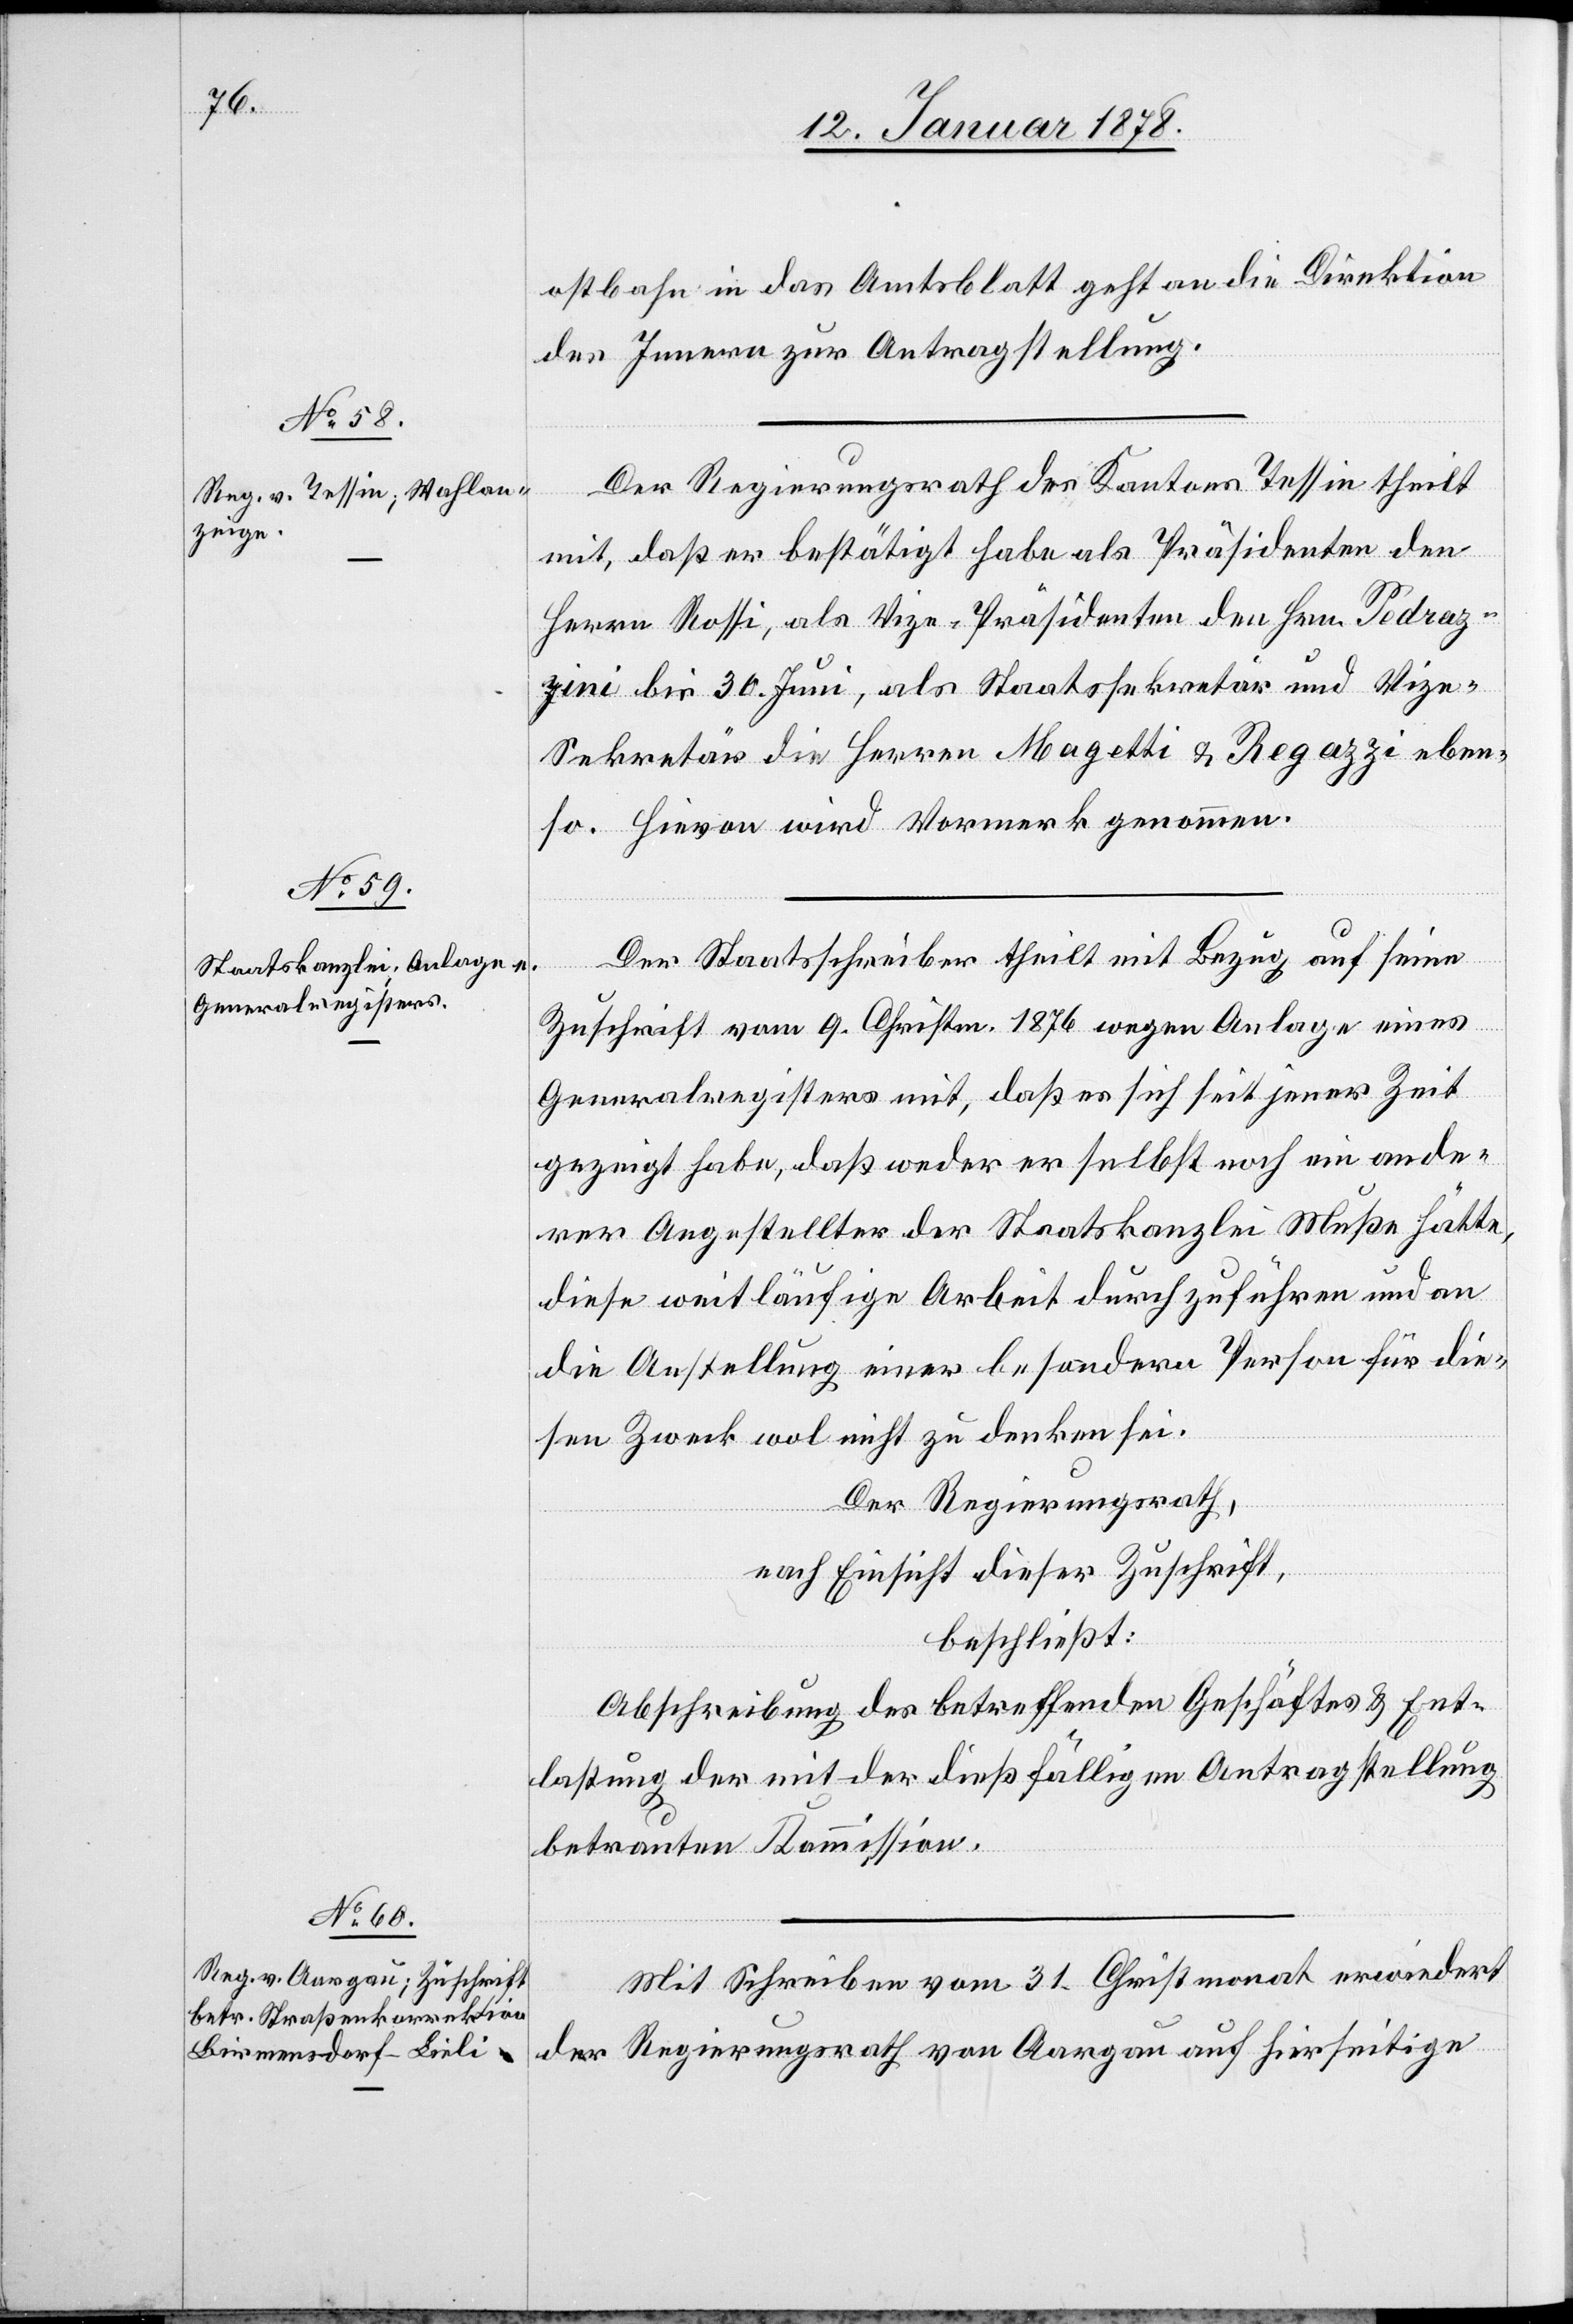
ostbahn in das Amtsblatt geht an die Direktion
des Innern zur Antragstellung.
Der Regierungsrath des Kantons Tessin theilt
mit, daß er bestätigt habe als Präsidenten den
Herrn Rossi, als Vize-Präsidenten den Hrn. Pedraz¬
ini bis 30. Juni, als Staatssekretär und Viz¬
e-Sekretär die Herren Magetti & Regazzi eben¬
so. Hievon wird Vormerk genommen.
Der Staatsschreiber theilt mit Bezug auf seine
Zuschrift vom 9. Christm. 1876 wegen Anlage eines
Generalregisters mit, daß es sich seit jener Zeit
gezeigt habe, daß weder er selbst noch ein ande¬
rer Angestellter der Staatskanzlei Muße hätte,
diese weitläufige Arbeit durchzuführen und an
die Anstellung einer besondern Person für die¬
sen Zweck wol nicht zu denken sei.
Der Regierungsrath,
nach Einsicht dieser Zuschrift,
beschließt:
Abschreibung des betreffenden Geschäftes & Ent¬
lastung der mit der dießfälligen Antragstellung
betrauten Kommission.
Mit Schreiben vom 31. Christmonat erwiedert
der Regierungsrath von Aargau auf hierseitige